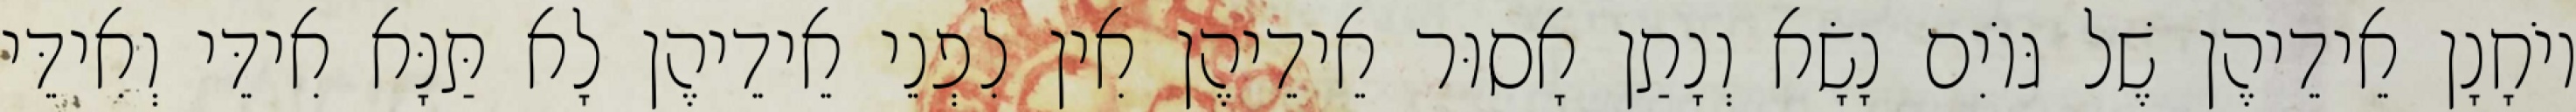
יוֹחָנָן אֵידֵיהֶן שֶׁל גּוֹיִם נָשָׂא וְנָתַן אָסוּר אֵידֵיהֶן אִין לִפְנֵי אֵידֵיהֶן לָא תַּנָּא אִידֵּי וְאִידֵּי